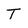
Character: T